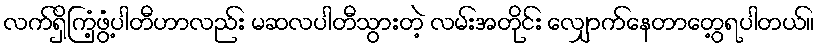
လက်ရှိကြံ့ဖွံ့ပါတီဟာလည်း မဆလပါတီသွားတဲ့ လမ်းအတိုင်း လျှောက်နေတာတွေ့ရပါတယ်။